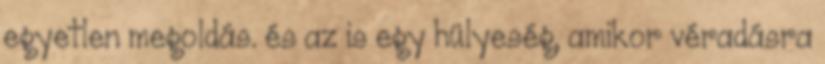
egyetlen megoldás. és az is egy hülyeség, amikor véradásra